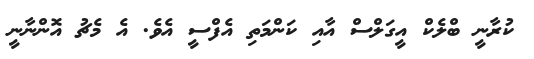
ކުރާނީ ބްލެކް އީގަލްސް އާއި ކަންމަތި އެފްސީ އެވެ. އެ މެޗު އޮންނާނީ